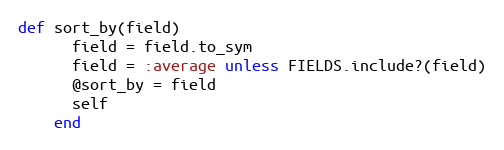
Language: Ruby
def sort_by(field)
      field = field.to_sym
      field = :average unless FIELDS.include?(field)
      @sort_by = field
      self
    end